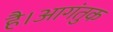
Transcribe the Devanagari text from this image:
है।आगंतुक